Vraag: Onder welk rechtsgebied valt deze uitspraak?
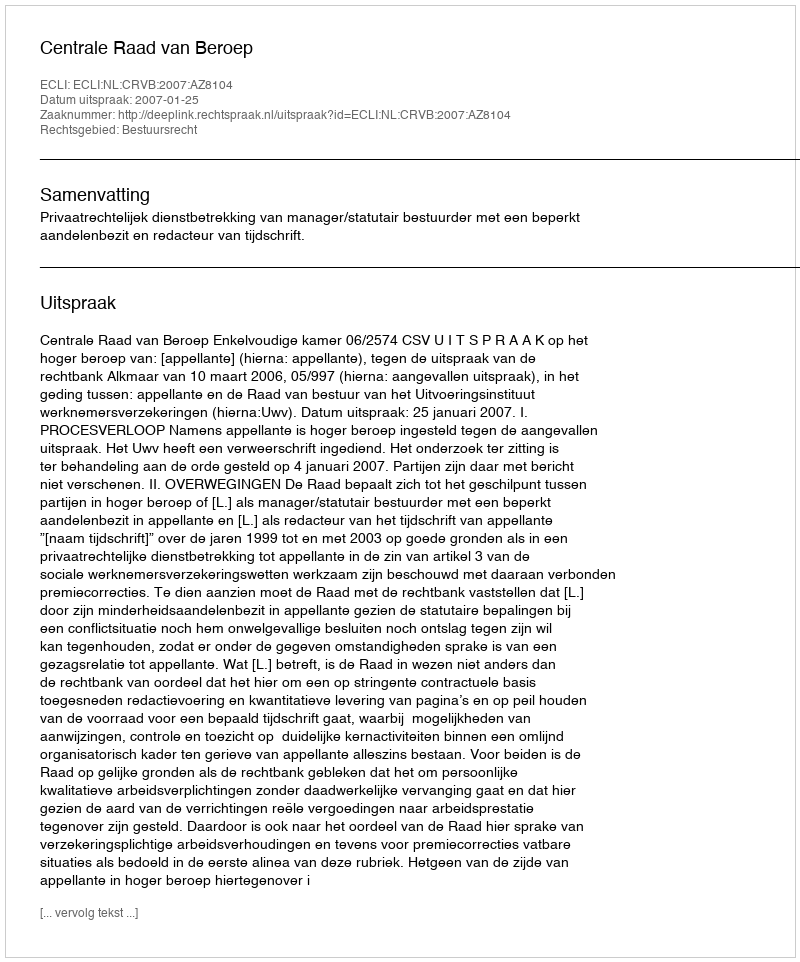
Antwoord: Bestuursrecht